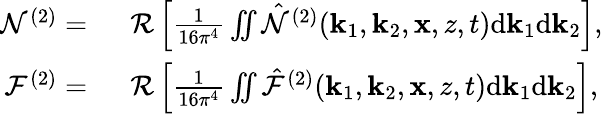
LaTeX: \begin{array}{rl}{\mathcal{N}^{(2)}=~}&{\mathcal{R}\left[\frac{1}{16\pi^{4}}\iint\hat{\mathcal{N}}^{(2)}(\mathbf{k}_{1},\mathbf{k}_{2},\mathbf{x},z,t)\mathrm{d}\mathbf{k}_{1}\mathrm{d}\mathbf{k}_{2}\right],}\\ {\mathcal{F}^{(2)}=~}&{\mathcal{R}\left[\frac{1}{16\pi^{4}}\iint\hat{\mathcal{F}}^{(2)}(\mathbf{k}_{1},\mathbf{k}_{2},\mathbf{x},z,t)\mathrm{d}\mathbf{k}_{1}\mathrm{d}\mathbf{k}_{2}\right],}\end{array}